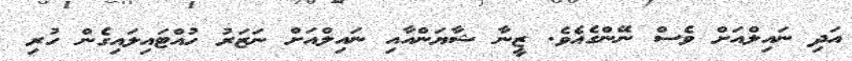
އަދި ނައިލްއަށް ވެސް ނޭންގެއެވެ. ޒީނާ ޝާޔަންއާއި ނައިލްއަށް ނަޒަރު ހުއްޓައިލައިގެން ހުރި